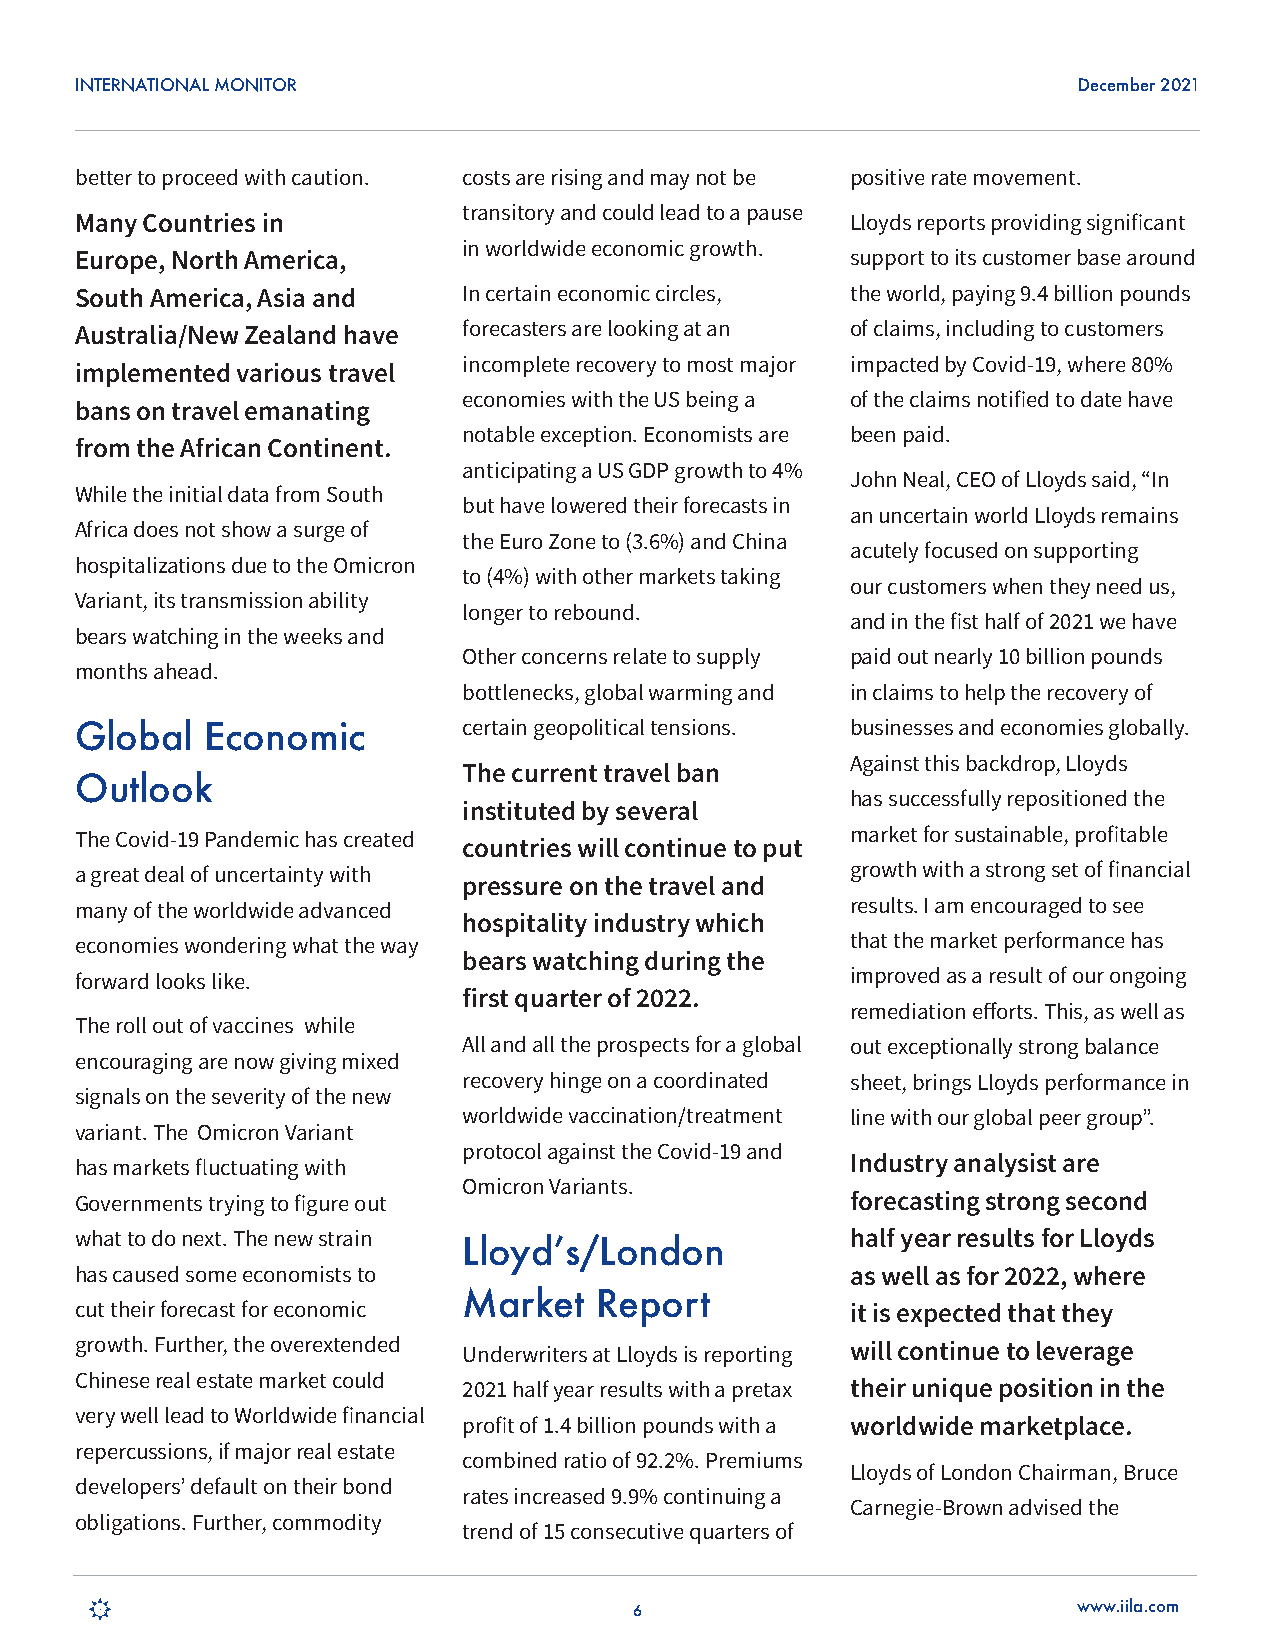
INTERNATIONAL MONITOR                                             December 2021
 better to proceed with caution. costs are rising and may not be positive rate movement.
 transitory and could lead to a pause
 Many Countries in                                  Lloyds reports providing significant
 in worldwide economic growth.
 Europe, North America,                             support to its customer base around
 South America, Asia and   In certain economic circles, the world, paying 9.4 billion pounds
 Australia/New Zealand have forecasters are looking at an of claims, including to customers
 incomplete recovery to most major impacted by Covid-19, where 80%
 implemented various travel
 economies with the US being a of the claims notified to date have
 bans on travel emanating
 notable exception. Economists are been paid.
 from the African Continent.
 anticipating a US GDP growth to 4%
 John Neal, CEO of Lloyds said, “In
 While the initial data from South
 but have lowered their forecasts in
 an uncertain world Lloyds remains
 Africa does not show a surge of
 the Euro Zone to (3.6%) and China
 acutely focused on supporting
 hospitalizations due to the Omicron
 to (4%) with other markets taking
 our customers when they need us,
 Variant, its transmission ability
 longer to rebound.
 and in the fist half of 2021 we have
 bears watching in the weeks and
 Other concerns relate to supply paid out nearly 10 billion pounds
 months ahead.
 bottlenecks, global warming and in claims to help the recovery of
 Global   Economic         certain geopolitical tensions. businesses and economies globally.
 Against this backdrop, Lloyds
 The current travel ban
 Outlook
 has successfully repositioned the
 instituted by several
 The Covid-19 Pandemic has created                  market for sustainable, profitable
 countries will continue to put
 a great deal of uncertainty with                   growth with a strong set of financial
 pressure on the travel and
 many of the worldwide advanced                     results. I am encouraged to see
 hospitality industry which
 economies wondering what the way                   that the market performance has
 bears watching during the
 forward looks like.                                improved as a result of our ongoing
 first quarter of 2022.
 remediation efforts. This, as well as
 The roll out of vaccines while
 All and all the prospects for a global out exceptionally strong balance
 encouraging are now giving mixed
 recovery hinge on a coordinated sheet, brings Lloyds performance in
 signals on the severity of the new
 worldwide vaccination/treatment line with our global peer group”.
 variant. The Omicron Variant
 protocol against the Covid-19 and
 has markets fluctuating with                       Industry analysist are
 Omicron Variants.
 Governments trying to figure out                   forecasting strong second
 what to do next. The new strain                    half year results for Lloyds
 Lloyd’s/London
 has caused some economists to                      as well as for 2022, where
 cut their forecast for economic
 Market  Report
 it is expected that they
 growth. Further, the overextended Underwriters at Lloyds is reporting will continue to leverage
 Chinese real estate market could
 2021 half year results with a pretax their unique position in the
 very well lead to Worldwide financial
 profit of 1.4 billion pounds with a worldwide marketplace.
 repercussions, if major real estate
 combined ratio of 92.2%. Premiums
 Lloyds of London Chairman, Bruce
 developers’ default on their bond
 rates increased 9.9% continuing a
 Carnegie-Brown advised the
 obligations. Further, commodity
 trend of 15 consecutive quarters of
 6                            www.iila.com